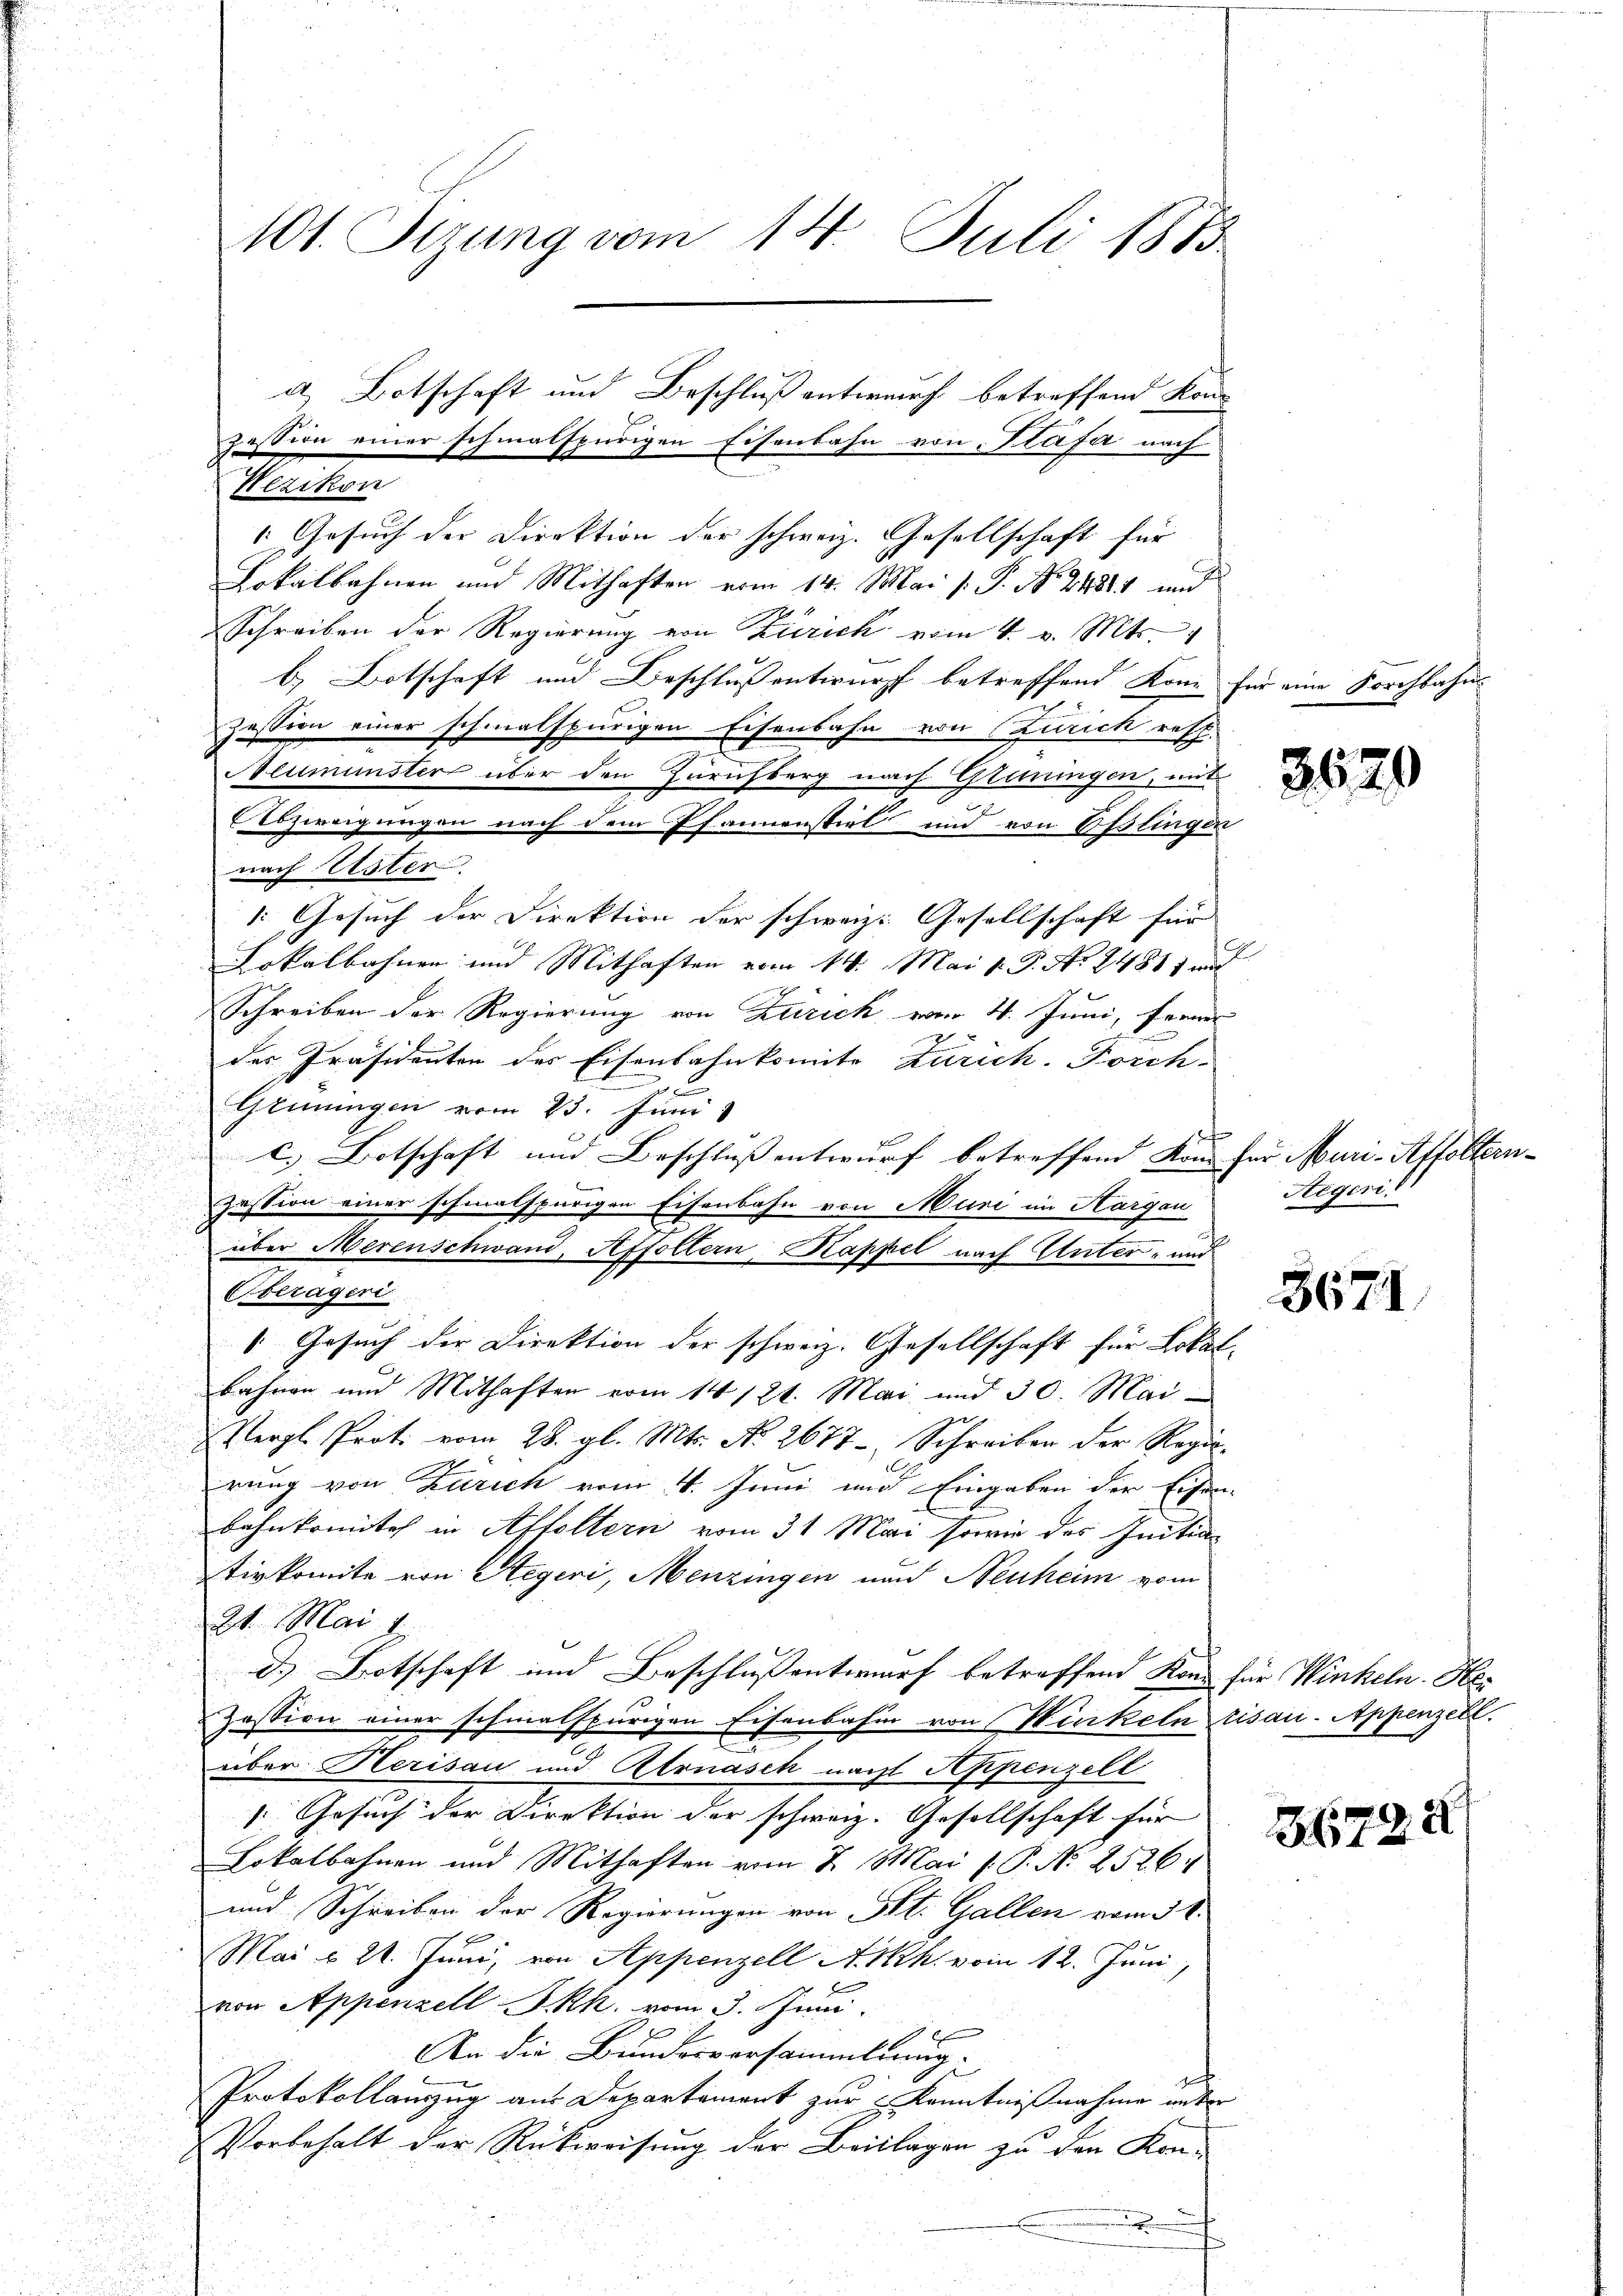
Gesuch der Direktion der schweiz. Gesellschaft für
Lokalbahnen und Mithaften vom 14. Mai l. P. No. 24881 und
Schreiben der Regierung von Zürich vom 4. v. Mts.
b. Botschaft und Beschluß entwurff betreffend Kom für eine Sorchbahn-
f
zession einer schmalspurigen Eisenbahn von Zürich resp.
Neumünster über den Zürichberg nach Grüningen, mit
Ebzweigungen nach dem Pfannenspiel und von Esslingen
nach Uster
1. Gesuch der Direktion der schweiz. Gesellschaft für |
Lokalbahnen und Mithaften vom 14. Mai l. J. No. 24811 und
Schreiben der Regierung von Zürich vom 4. Juni, ferner
des Präsidenten des Eisenbahnkomite Zürich. Forch-
2
i
.
Grüningen vom 23. Juni
u
c. Botschaft und Beschlussentwurf betreffend Kon- |
u
i
zession einer schmalspurigen Eisenbahn von Muri im Hargau
d

über Merenschwand, Affoltern, Kappel nach Unter- und
Oberägeri
1. Gesuch der Direktion der schweiz. Gesellschaft für Lokal-
bahnen und Mithaften vom 14/21. Mai und 30. Mai

i
Vergl. Prot. vom 28. gl. Mts. No. 2677- Schreiben der Regierung von Zürich vom 4. Juni und Eingaben der Eisen-
bahnkomites in Affoltern vom 31 Mai sowie des Initia
tivkomite von Segeri, Menzingen nun Neuheim vom
2t. Mai d.
d. Botschaft und Beschluß entwurf betreffend Konn für Winkeln. Her
Zession einer schmalspurigen Eisenbahn von Winkeln risau-Appenzell.
über Herisau und Alrnasch nach Appenzell
. Gesuch der Direktion der schweiz. Gesellschaft für
Lokalbahnen und Mithaften vom 7. Mai l. P. No 2526.
und Schreiben der Regierungen von St. Gallen vom 31.
Mai v. 24. Juni, von Appenzell A. h. vom 12. Juni
von Appenzell P.-Rh. vom 3. Juni.
An die Bundesversammlung.
d
Protokollauszug aus Departament zur Kenntnißnahme unter
Vorbehalt der Rückweisung der Beilagen zu den Konx

d

.

Wezikon

101. Sizung vom 14. Juli 1883.
a Botschaft und Beschluß entwurf betreffend Kon
zession einer schmalspurigen Eisenbahn von Stafer nach

3629

für Muri-Affolten¬
Stegeri

3671.

36794